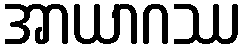
အာယာဂဿ